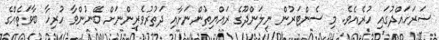
ސަރަހައްދުގައި ހުރެއެވެ. މި ސެންޓަރުން ނިލަންދޫގެ ރައްޔިތުންނަށާއި ދަތުރުވެރިންނަށް ބޭނުންވާ ހުރިހާ ބާވަތެއްގެ